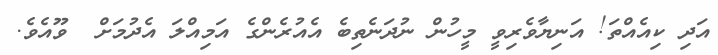
އަދި ކިއެއްތަ! އަނިޔާވެރިވީ މީހުން ނުދަނެތިބެ އެއުރެންގެ އަމިއްލަ އެދުމަށް  ވޫއެވެ.